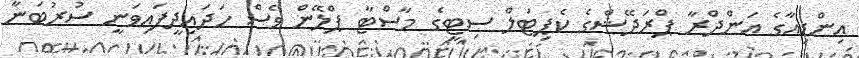
އިންޑިއާގެ އަންދްރާ ޕްރަދޭޝްގެ ކެޕިޓަލް ސިޓީގެ މާސްޓާ ޕްލޭން ވެސް ހަދައިދީފައިވަނީ ސުރުބަނާ